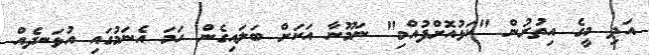
އަދި މީގެ އިތުރުން "ކަޅުއޮށްފުއްމި" ނަމޫނާ އަކަށް ބަލައިގެން ހަމަ އެނަމުގައި އުޅަނދެއް